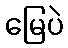
မြေပဲ